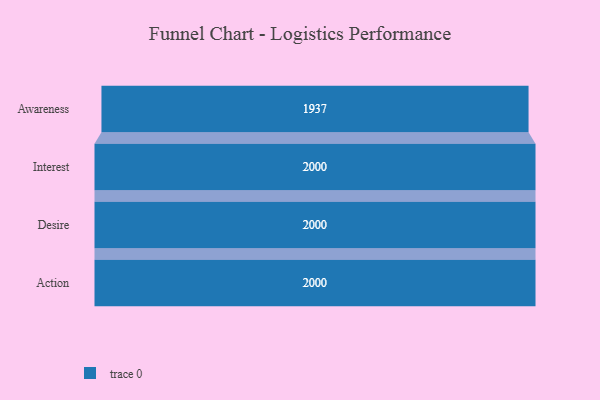
{"axis": {"x": "Stage", "y": "Value"}, "legend": [""], "data": [{"x": "Awareness", "y": 1937.0, "type": ""}, {"x": "Interest", "y": 2000, "type": ""}, {"x": "Desire", "y": 2000, "type": ""}, {"x": "Action", "y": 2000, "type": ""}]}